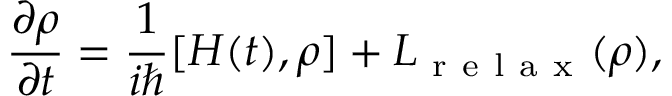
\frac { \partial \rho } { \partial t } = \frac { 1 } { i \hbar } [ H ( t ) , \rho ] + L _ { \mathrm { ~ r ~ e ~ l ~ a ~ x ~ } } ( \rho ) ,